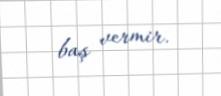
baş vermir.